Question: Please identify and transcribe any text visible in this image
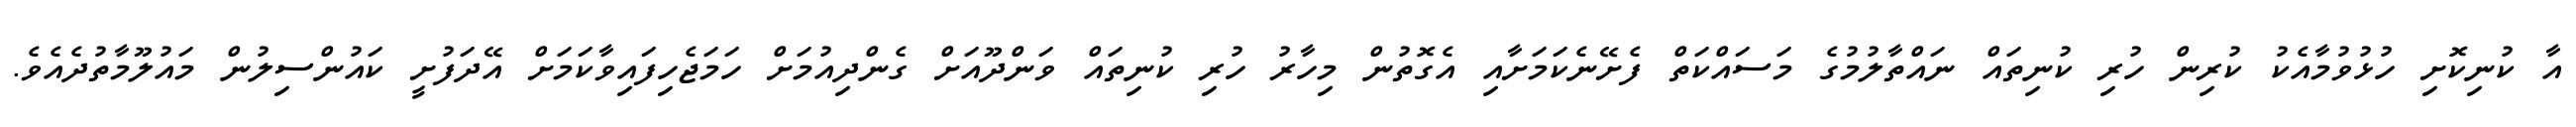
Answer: އާ ކުނިކޮށި ހުޅުވުމާއެކު ކުރިން ހުރި ކުނިތައް ނައްތާލުމުގެ މަސައްކަތް ފެށޭނެކަމަށާއި އެގޮތުން މިހާރު ހުރި ކުނިތައް ވަންދޫއަށް ގެންދިއުމަށް ހަމަޖެހިފައިވާކަމަށް އޭދަފުށީ ކައުންސިލުން މައުލޫމާތުދެއެވެ.